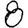
Digit: 8